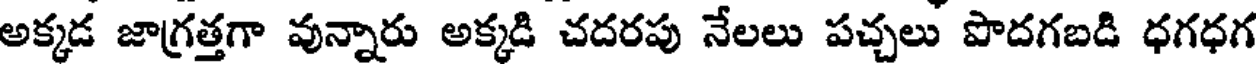
అక్కడ జాగ్రత్తగా వున్నారు అక్కడి చదరపు నేలలు పచ్చలు పొదగబడి ధగధగ